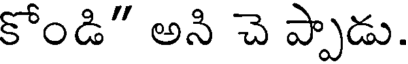
కోండి" అని చె ప్పాడు.